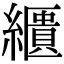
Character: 𦆠